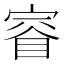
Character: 𫳤